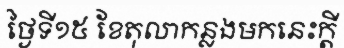
ថ្ងៃទី១៥ ខែតុលាកន្លងមកនេះក្តី